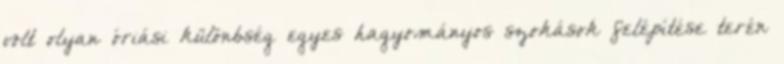
volt olyan óriási különbség egyes hagyományos szokások felépítése terén